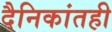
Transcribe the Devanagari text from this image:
दैनिकांतही